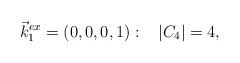
LaTeX: \begin{align*}\vec {k}_1^{ex}= (0,0,0,1):\,\,\,\,\,|C_4|=4,\end{align*}